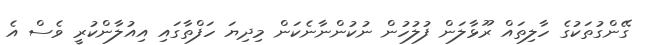
ގޭންގުތަކުގެ ހާލިތައް ރޫޅާލަން ފުލުހުން ނުކުންނާނެކަން މިދިޔަ ހަފްތާގައި އިއުލާންކުރީ ވެސް އެ